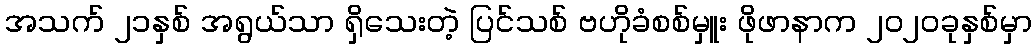
အသက် ၂၁နှစ် အရွယ်သာ ရှိသေးတဲ့ ပြင်သစ် ဗဟိုခံစစ်မှူး ဖိုဖာနာက ၂၀၂၀ခုနှစ်မှာ